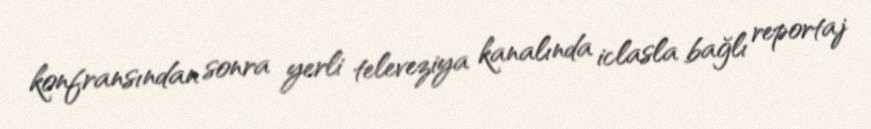
konfransından sonra yerli televeziya kanalında iclasla bağlı reportaj